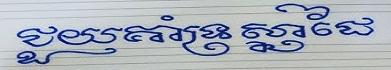
ជួយគាំត្រស្នាដៃ